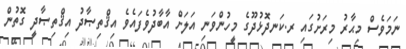
ނަމަވެސް މިޙާރު މިރަށުގައި ރ.ކަނދޮޅުދޫގެ މީހުންވަނި އަލަށް އާބާދުވެފައެވެ އިޤްތިޞާދު އިޤްތިޞާދީ ގޮތުން